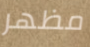
مظهر